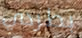
بطردي